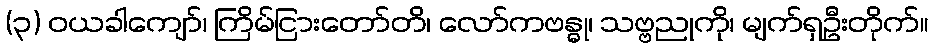
(၃) ဝယခါကျော်၊ ကြိမ်ငြားတော်တိ၊ လော်ကဗန္ဓု၊ သဗ္ဗညုကို၊ မျက်ရှဦးတိုက်။